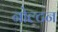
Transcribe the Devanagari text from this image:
नोल्टन